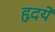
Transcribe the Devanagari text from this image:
हृदयें